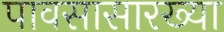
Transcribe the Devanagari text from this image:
पावसासारख्या